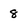
Character: 8